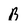
Character: B